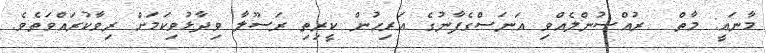
މާނައީ: މާތް  ރުއްސުންލެއްވި އަނަސްގެފާނުގެ އަރިހުން ކީރިތި ރަސޫލާ ވިދާޅުވިކަމަށް ރިވާކުރައްވަތެވެ.